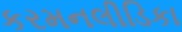
કરમનલીડિકા